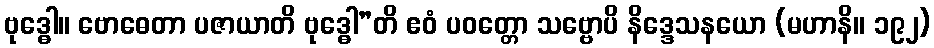
ဗုဒ္ဓေါ။ ဗောဓေတာ ပဇာယာတိ ဗုဒ္ဓေါ”တိ ဧဝံ ပဝတ္တော သဗ္ဗောပိ နိဒ္ဒေသနယော (မဟာနိ။ ၁၉၂)